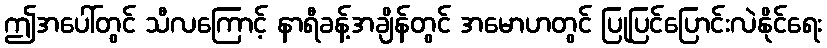
ဤအပေါ်တွင် သီလကြောင့် နာရီခန့်အချိန်တွင် အမောဟတွင် ပြုပြင်ပြောင်းလဲနိုင်ရေး